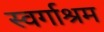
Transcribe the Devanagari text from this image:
स्‍वर्गाश्रम